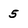
Character: 5